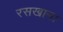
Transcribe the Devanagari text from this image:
रसखान।